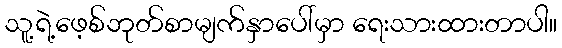
သူ့ရဲ့ဖေ့စ်ဘုတ်စာမျက်နှာပေါ်မှာ ရေးသားထားတာပါ။